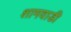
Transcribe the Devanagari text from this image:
शामवाडी